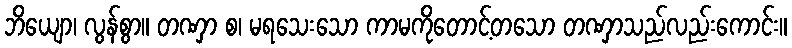
ဘိယျော၊ လွန်စွာ။ တဏှာ စ၊ မရသေးသော ကာမကိုတောင့်တသော တဏှာသည်လည်းကောင်း။